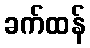
ခက်ထန်